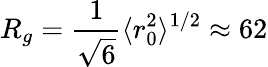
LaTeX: R_{g}=\frac{1}{\sqrt{6}}\langle r_{0}^{2}\rangle^{1/2}\approx 62